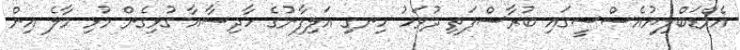
އެމްޑަބްލިޔުއެސްސީގައި ބުރާސްފަތި ދުވަހު ހިނގި އަލިފާނުގެ ހާދިސާއާ ގުޅިގެން މުޅި މާލެ އިން